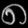
Digit: ၈